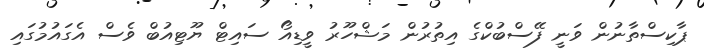
ޕާކިސްތާނުން ވަނީ ފޭސްބުކްގެ އިތުރުން މަޝްހޫރު ވީޑިއޯ ސައިޓް ޔޫޓިއުބް ވެސް އެގައުމުގައި